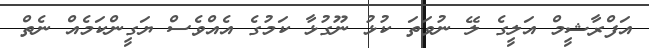
އަފްރާޝީމް އަލީގެ ލޭ ނުވަތަ ކުޅު ނޫގުޅާ ކަމުގެ އެއްވެސް ޔަގީންކަމެއް ނެތް